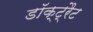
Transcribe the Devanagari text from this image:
डॉक्ट्रैट